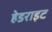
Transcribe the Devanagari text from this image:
हेडराइट